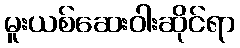
မူးယစ်ဆေးဝါးဆိုင်ရာ